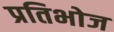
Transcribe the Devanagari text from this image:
प्रतिभोज